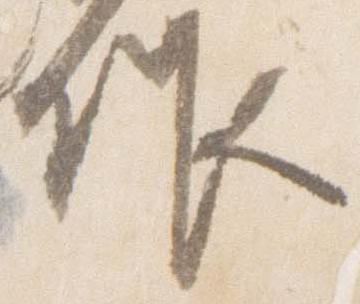
作